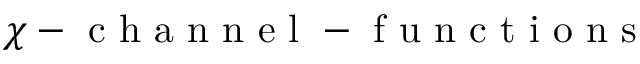
\chi - \mathrm { ~ c ~ h ~ a ~ n ~ n ~ e ~ l ~ - ~ f ~ u ~ n ~ c ~ t ~ i ~ o ~ n ~ s ~ }